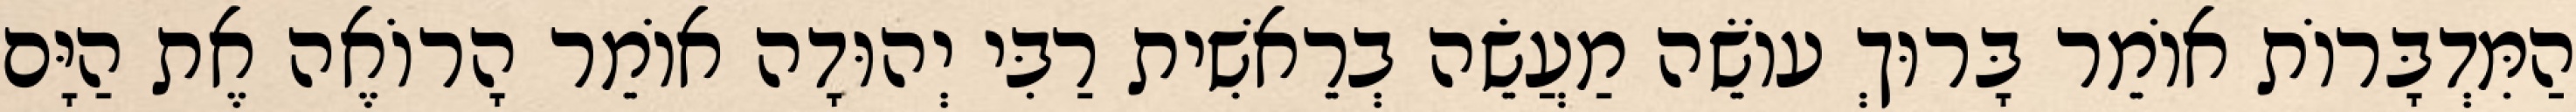
הַמִּדְבָּרוֹת אוֹמֵר בָּרוּךְ עוֹשֵׂה מַעֲשֵׂה בְרֵאשִׁית רַבִּי יְהוּדָה אוֹמֵר הָרוֹאֶה אֶת הַיָּם